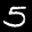
Label: 5